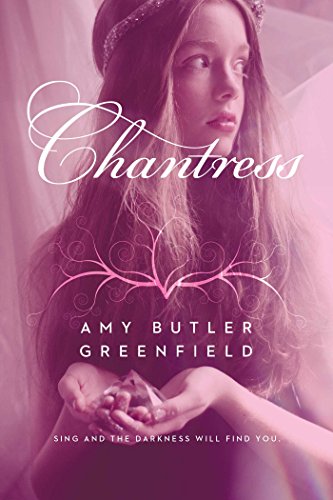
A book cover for Chantress; Amy Butler Greenfield; Teen & Young Adult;